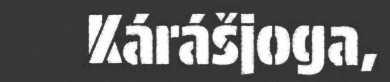
Kárášjoga,